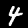
Label: 4